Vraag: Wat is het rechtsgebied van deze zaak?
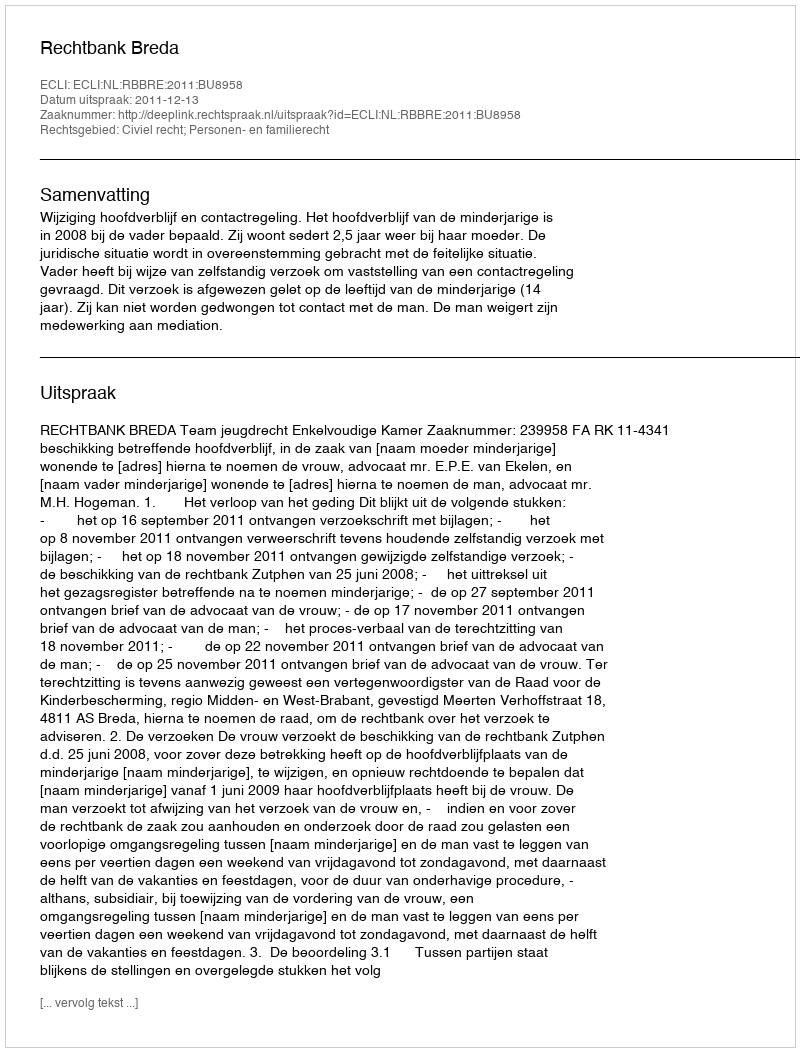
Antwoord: Civiel recht; Personen- en familierecht